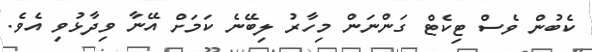
ކެބުން ވެސް ޓިކެޓް ގަންނަން މިހާރު ލިބޭނެ ކަމަށް އޭނާ ވިދާޅުވި އެވެ.